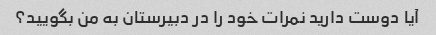
آیا دوست دارید نمرات خود را در دبیرستان به من بگویید؟